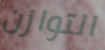
التوازن